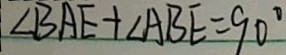
\angle B A E + \angle A B E = 9 0 ^ { \circ }